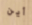
أين